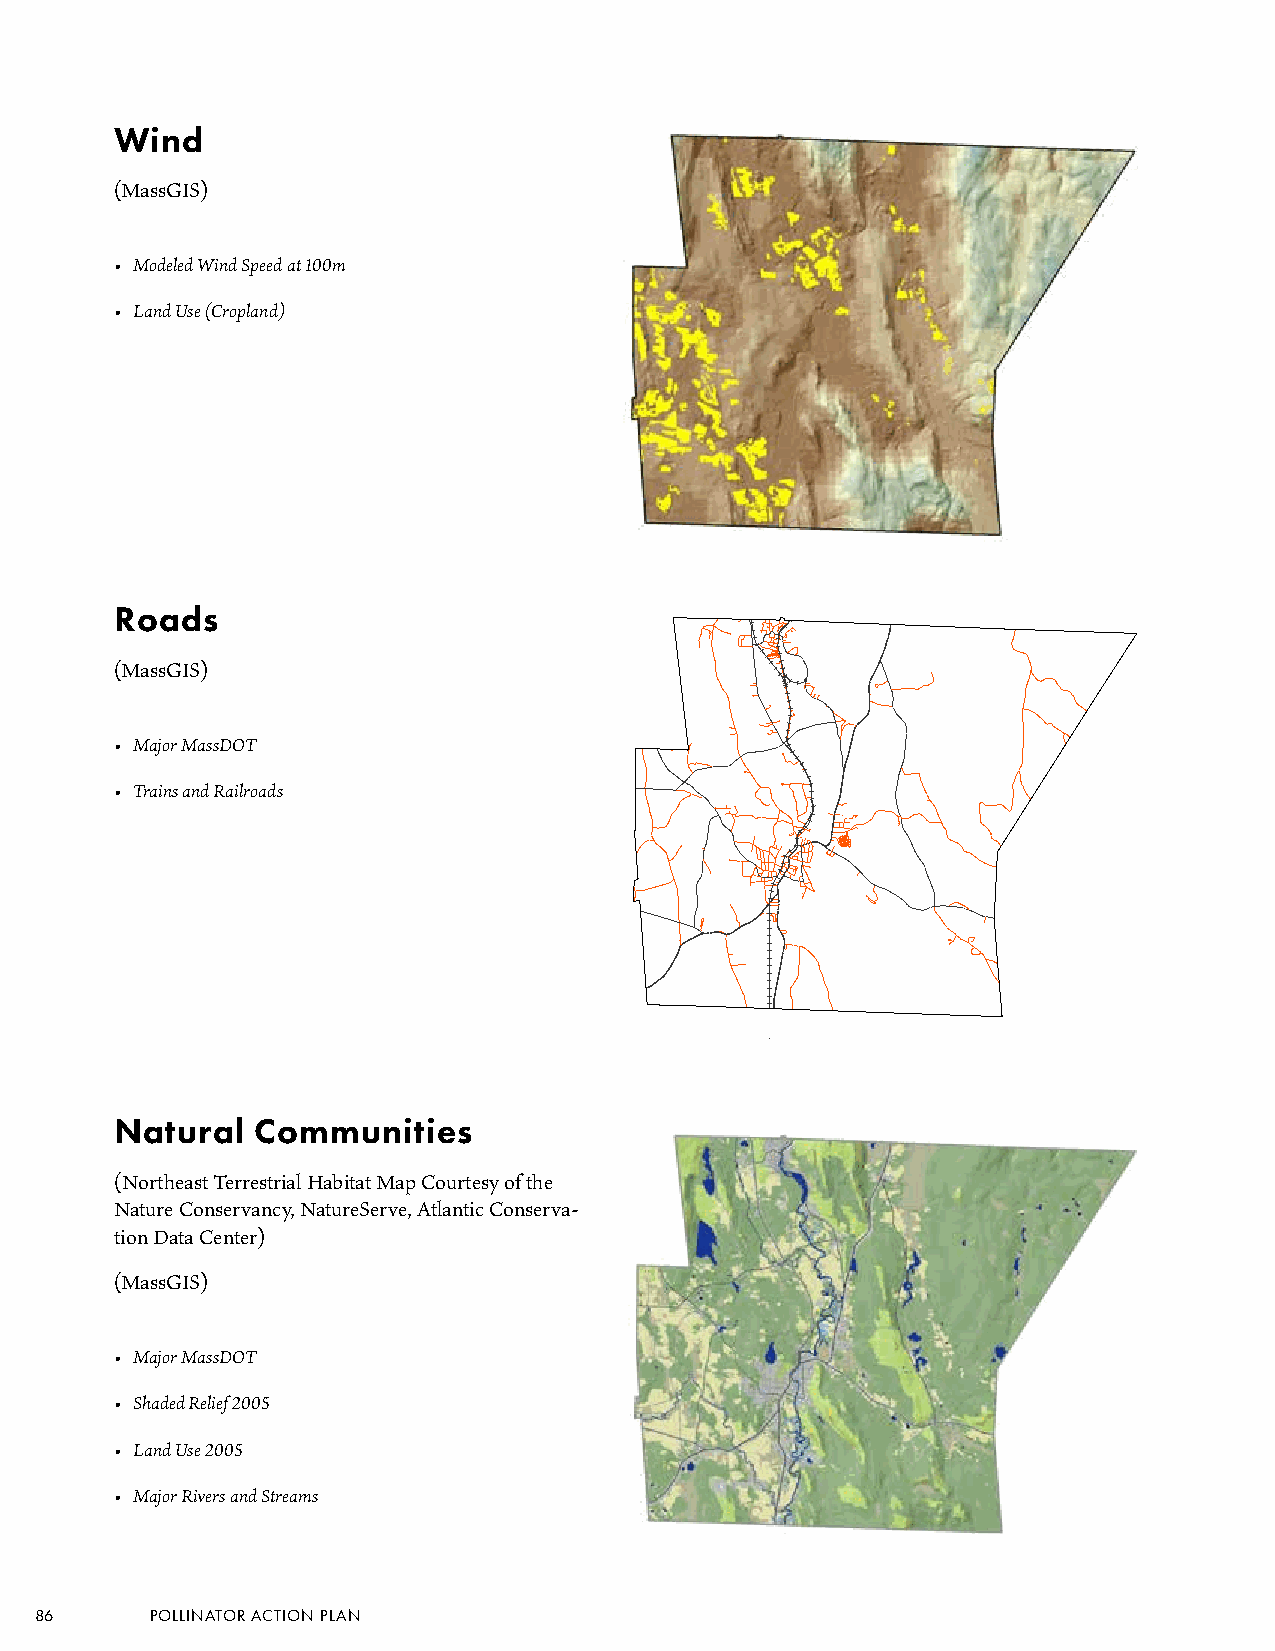
Wind
 (MassGIS)
 • Modeled Wind Speed at 100m
 • Land Use (Cropland)
 Roads
 (MassGIS)
 • Major MassDOT
 • Trains and Railroads
 ´
 Miles
 0 0.5 1 2
 Natural  Communities
 (Northeast Terrestrial Habitat Map Courtesy of the
 Nature Conservancy, NatureServe, Atlantic Conserva-
 tion Data Center)
 (MassGIS)
 • Major MassDOT
 • Shaded Relief 2005
 • Land Use 2005
 • Major Rivers and Streams
 86      POLLINATOR ACTION PLAN